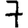
Digit: 7